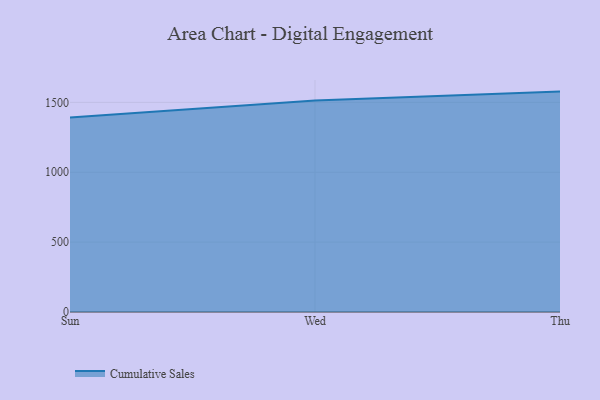
{"axis": {"x": "Day", "y": "Shipments"}, "legend": ["Cumulative Sales"], "data": [{"x": "Sun", "y": 1392.4, "type": "Cumulative Sales"}, {"x": "Wed", "y": 1513.0, "type": "Cumulative Sales"}, {"x": "Thu", "y": 1577.1, "type": "Cumulative Sales"}]}